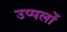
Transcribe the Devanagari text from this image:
उप्पलों